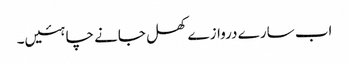
اب سارے دروازے کھل جانے چاہئیں۔